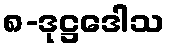
၈-ဒုဋ္ဌဒေါသ